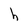
Character: h